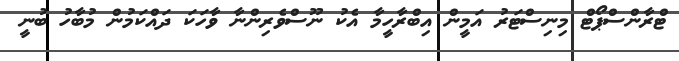
ޓްރާންސްޕޯޓް މިނިސްޓަރު އަމީން އިބްރާހީމާ އެކު ނޫސްވެރިންނާ ވާހަކަ ދައްކަމުން މުބާހު ބުނީ